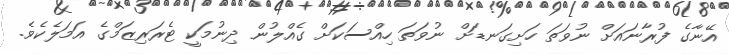
އޭނާގެ ފުރާނައަށް ނުވަތަ ހަށިގަނޑަށް ނުވަތަ ހިއްސަކަށް ގެއްލުން ދިނުމަކީ ޓެރަރިޒަމްގެ އަމަލެކެވެ.